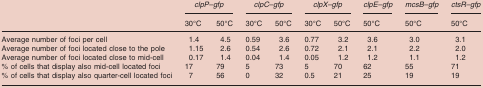
<table><thead><tr><td></td><td colspan="2"><b><i>clpP–gfp</i></b></td><td colspan="2"><b><i>clpC–gfp</i></b></td><td colspan="2"><b><i>clpX–gfp</i></b></td><td><b><i>clpE–gfp</i></b></td><td><b><i>mcsB–gfp</i></b></td><td><b><i>ctsR–gfp</i></b></td></tr><tr><td></td><td><b>30°C</b></td><td><b>50°C</b></td><td><b>30°C</b></td><td><b>50°C</b></td><td><b>30°C</b></td><td><b>50°C</b></td><td><b>50°C</b></td><td><b>50°C</b></td><td><b>50°C</b></td></tr></thead><tbody><tr><td>Average number of foci per cell</td><td>1.4</td><td>4.5</td><td>0.59</td><td>3.6</td><td>0.77</td><td>3.2</td><td>3.6</td><td>3.0</td><td>3.1</td></tr><tr><td>Average number of foci located close to the pole</td><td>1.15</td><td>2.6</td><td>0.54</td><td>2.6</td><td>0.72</td><td>2.1</td><td>2.1</td><td>2.2</td><td>2.0</td></tr><tr><td>Average number of foci located close to mid-cell</td><td>0.17</td><td>1.4</td><td>0.04</td><td>1.4</td><td>0.05</td><td>1.2</td><td>1.2</td><td>1.1</td><td>1.2</td></tr><tr><td>% of cells that display also mid-cell located foci</td><td>17</td><td>79</td><td>5</td><td>73</td><td>5</td><td>70</td><td>62</td><td>55</td><td>71</td></tr><tr><td>% of cells that display also quarter-cell located foci</td><td>7</td><td>56</td><td>0</td><td>32</td><td>0.5</td><td>21</td><td>25</td><td>19</td><td>19</td></tr></tbody></table>